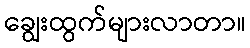
ချွေးထွက်များလာတာ။